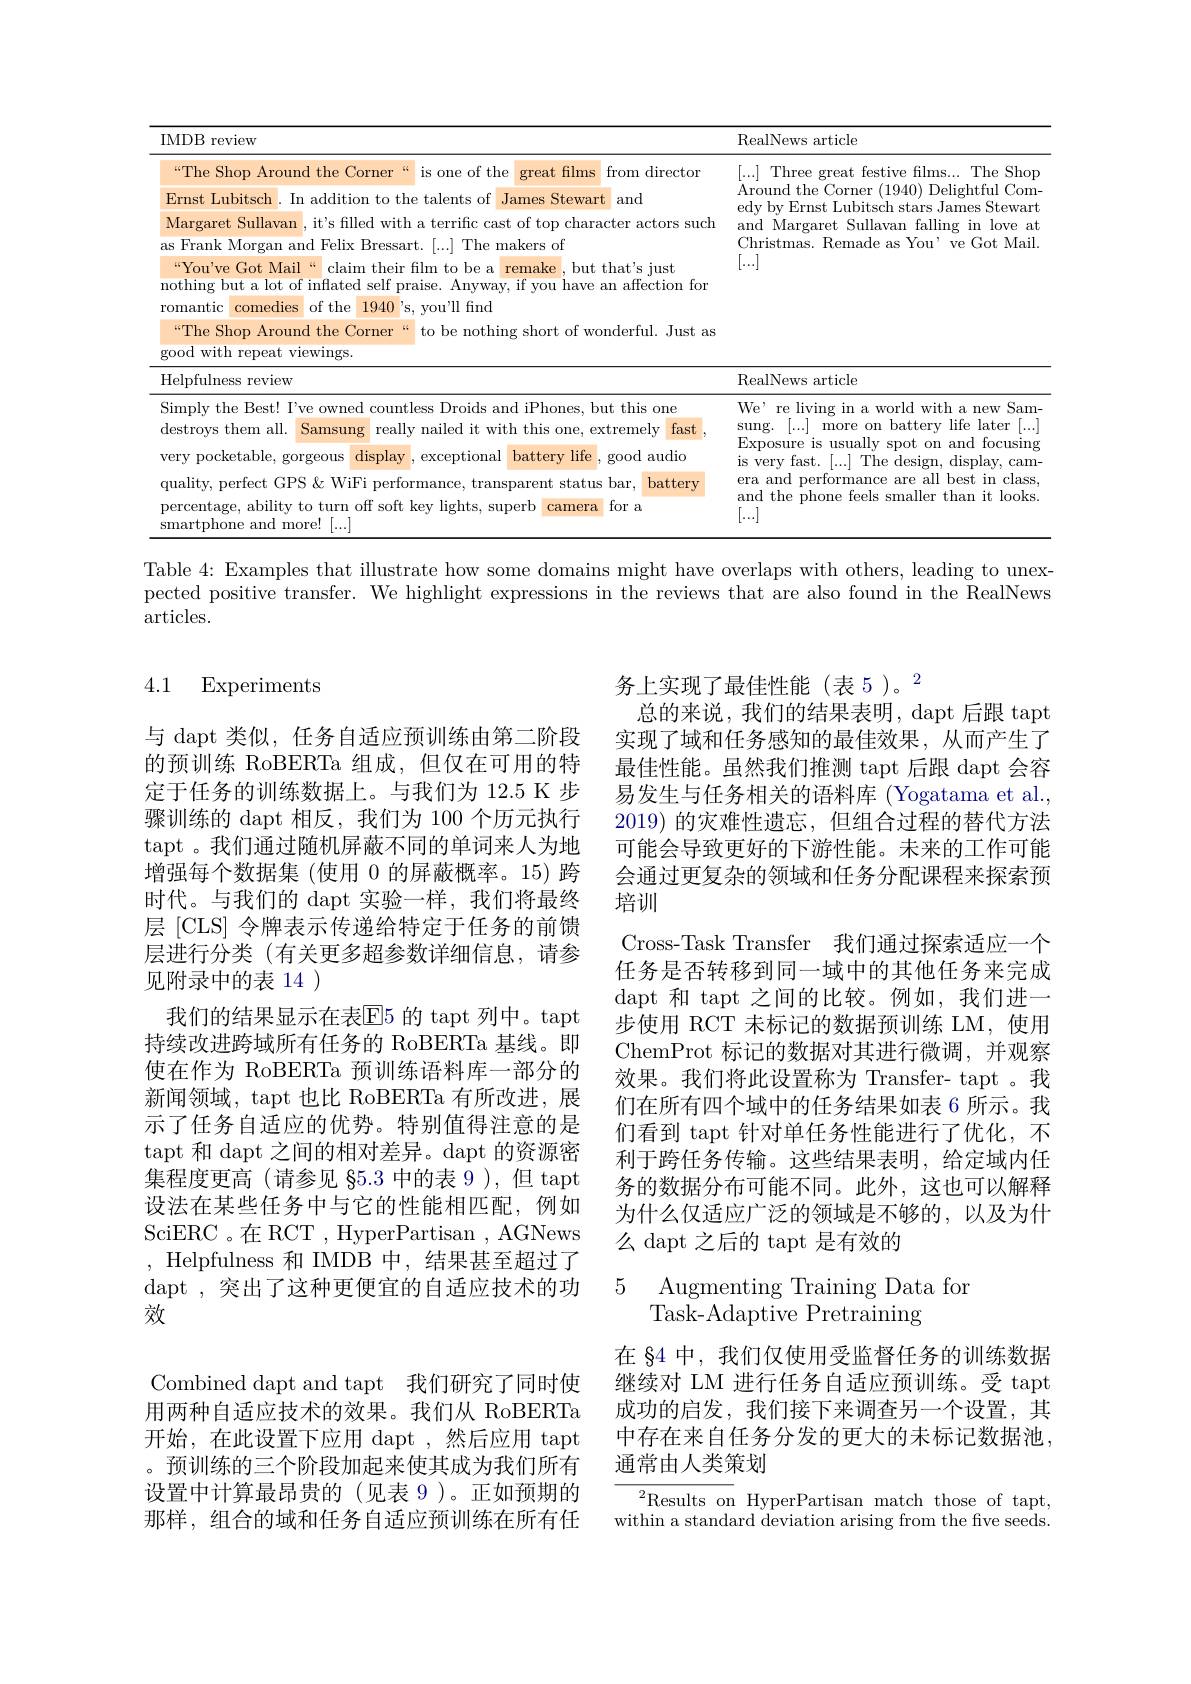
<table>
	<tbody>
		<tr>
			<th>IMDB review</th>
			<th>RealNews article</th>
		</tr>
		<tr>
			<td>“The Shop Around the Corner $\zeta\zeta$ is one of the great films from director Ernst Lubitsch . In addition to the talents of James Stewart and Margaret Sullavan it's filled with a terrific cast of top character actors such as Frank Morgan and Felix Bressart. [...] The makers of “You've Got Mail“ claim their film to be a remake , but that's just nothing but a lot of inflated self praise. Anyway, if you have an affection for romantic comedies of the 1940's, you'll find “The Shop Around the Corner $\zeta\zeta$ to be nothing short of wonderful. Just as ${\mathrm{good~with~repeat~viewings.}}$</td>
			<td>[...] Three great festive films...The Shop Around the Corner (1940) Delightful Com edy by Ernst Lubitsch stars James Stewart and Margaret Sullavan falling in love at Christmas. Remade as You' ve Got Mail. $\begin{bmatrix}\ldots\end{bmatrix}$</td>
		</tr>
		<tr>
			<td>Helpfulness review</td>
			<td>RealNews article</td>
		</tr>
		<tr>
			<td>Simply the Best! I've owned countless Droids and iPhones, but this one ${\mathrm{destroys~them~all.}}$ Samsung really nailed it with this one, extremely fast very pocketable, gorgeous display exceptional battery life good audio quality, perfect GPS & WiFi performance, transparent status bar, battery percentage, ability to turn off soft key lights, superb camera for a tphone and more! $1[\ldots]$</td>
			<td>We' re living in a world with a new Sam $\operatorname { sung. }$ [...] more on battery life later [... Exposure is usually spot on and focusing is very fast. [...] The design, display, cam- era and performance are all best in class and the phone feels smaller than it looks $\begin{bmatrix}\ldots\end{bmatrix}$</td>
		</tr>
	</tbody>
</table>

Table 4: Examples that illustrate how some domains might have overlaps with others, leading to unexpected positive transfer. We highlight expressions in the reviews that are also found in the RealNews $\operatorname{articles}.$

### 4.1 Experiments

务上实现了最佳性能(表 5)。$^{2}$
总的来说，我们的结果表明，dapt 后跟 tapt 实现了域和任务感知的最佳效果，从而产生了最佳性能。虽然我们推测 tapt 后跟 dapt 会容易发生与任务相关的语料库 (Yogatama et al., 2019) 的灾难性遗忘，但组合过程的替代方法可能会导致更好的下游性能。未来的工作可能会通过更复杂的领域和任务分配课程来探索预培训
Cross-Task Transfer 我们通过探索适应一个任务是否转移到同一域中的其他任务来完成dapt 和 tapt 之间的比较。例如，我们进一步使用 RCT 未标记的数据预训练 LM,使用ChemProt 标记的数据对其进行微调，并观察效果。我们将此设置称为 Transfer- tapt 。我们在所有四个域中的任务结果如表 6 所示。我们看到 tapt 针对单任务性能进行了优化，不利于跨任务传输。这些结果表明，给定域内任务的数据分布可能不同。此外，这也可以解释为什么仅适应广泛的领域是不够的，以及为什么 dapt 之后的 tapt 是有效的

与 dapt 类似，任务自适应预训练由第二阶段的预训练 RoBERTa 组成，但仅在可用的特定于任务的训练数据上。与我们为 12.5 K 步骤训练的 dapt 相反，我们为 100 个历元执行tapt 。我们通过随机屏蔽不同的单词来人为地增强每个数据集 (使用 0 的屏蔽概率。15) 跨时代。与我们的 dapt 实验一样，我们将最终层[CLS] 令牌表示传递给特定于任务的前馈层进行分类(有关更多超参数详细信息，请参见附录中的表 14 )
我们的结果显示在表$\overline{\mathrm{E}}$5 的 tapt 列中。tapt 持续改进跨域所有任务的 RoBERTa 基线。即使在作为 RoBERTa 预训练语料库一部分的新闻领域，tapt 也比 RoBERTa 有所改进，展示了任务自适应的优势。特别值得注意的是tapt 和 dapt 之间的相对差异。dapt 的资源密集程度更高 (请参见$\$5.3$中的表 9 ),但 tapt 设法在某些任务中与它的性能相匹配，例如SciERC 。在 RCT , HyperPartisan , AGNews , Helpfulness 和 IMDB 中，结果甚至超过了dapt , 突出了这种更便宜的自适应技术的功效

5 Augmenting Training Data for
$\bar{\mathrm{Task-Adaptive~Pretraining}}$

在 §4 中，我们仅使用受监督任务的训练数据继续对 LM 进行任务自适应预训练。受 tapt 成功的启发，我们接下来调查另一个设置，其中存在来自任务分发的更大的未标记数据池， 通常由人类策划

Combined dapt and tapt 我们研究了同时使用两种自适应技术的效果。我们从 RoBERTa 开始，在此设置下应用 dapt ,然后应用 tapt 。预训练的三个阶段加起来使其成为我们所有设置中计算最昂贵的(见表 9)。正如预期的那样，组合的域和任务自适应预训练在所有任

${\overline {{^2}\text{Results on}}}$ HyperPartisan match those of tapt, within a standard deviation arising from the five seeds.